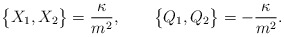
\begin{align*}\big\{X_{1},X_{2}\big\}=\frac{\kappa}{m^2}, \qquad \big\{Q_{1},Q_{2}\big\}=-\frac{\kappa}{m^2}. \end{align*}